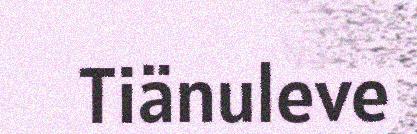
Tiänuleve